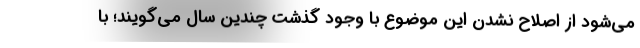
می‌شود از اصلاح نشدن این موضوع با وجود گذشت چندین سال می‌گویند؛ با